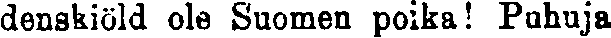
denskiöld ole Suomen poika! Puhuja